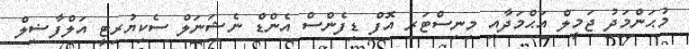
މުޙަންމަދު ޖަމީލް އަޙްމަދާއި މިނިސްޓަރ އޮފް ޑިފެންސް އެންޑް ނެޝަނަލް ސެކިޔުރިޓީ އަލްފާޟިލް